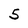
Character: 5